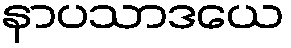
နာပသာဒယေ